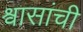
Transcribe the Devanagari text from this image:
श्वासांची